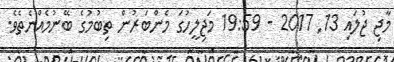
މާޖި ޖުލައި 13